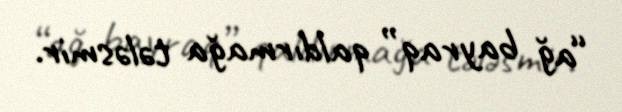
“ağ bayraq” qaldırmağa tələsmir.